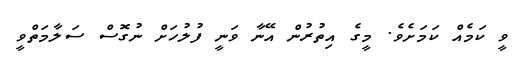
ވީ ކަމެއް ކަމަށެވެ. މީގެ އިތުރުން އޭނާ ވަނީ ފުލުހަށް ނުގޮސް ސަލާމަތްވީ